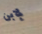
لإبن